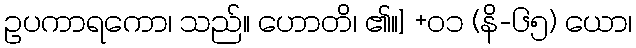
ဥပကာရကော၊ သည်။ ဟောတိ၊ ၏။] +၀၁ (နိ-၆၅) ယော၊